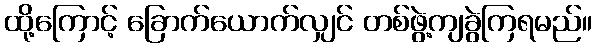
ထို့ကြောင့် ခြောက်ယောက်လျှင် တစ်ဖွဲ့ကျခွဲကြရမည်။